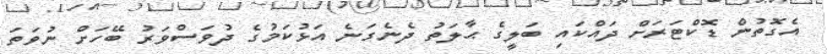
އެގޮތުން ޑޮކްޓަރަށް ދައްކައި ބަލީގެ ޙާލަތު ދެނެގަނެ އަޅުކަމުގެ ދުވަސްވަރު ބޭހަށް ނުވަތަ